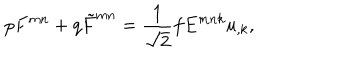
p F ^ { m n } + q \tilde { F } ^ { m n } = \frac { 1 } { \sqrt 2 } f E ^ { m n k } u _ { , k } ,